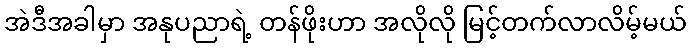
အဲဒီအခါမှာ အနုပညာရဲ့ တန်ဖိုးဟာ အလိုလို မြင့်တက်လာလိမ့်မယ်